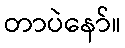
တာပဲနော်။